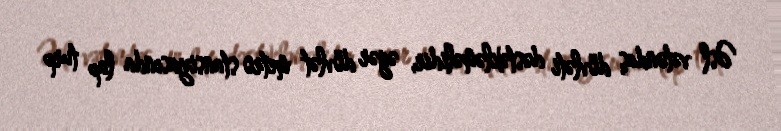
Əsl vətəndaş dövləti dəstəkləməlidir, əgər dövlət metro stansiyasında lap turp